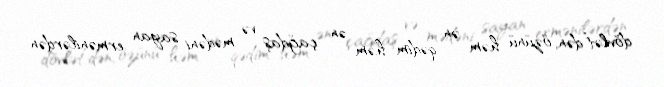
dövlət”dən, özünü həm ən qədim həm ən çağdaş və mədəni sayan ermənilərdən